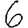
Digit: 6